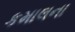
કમાલના